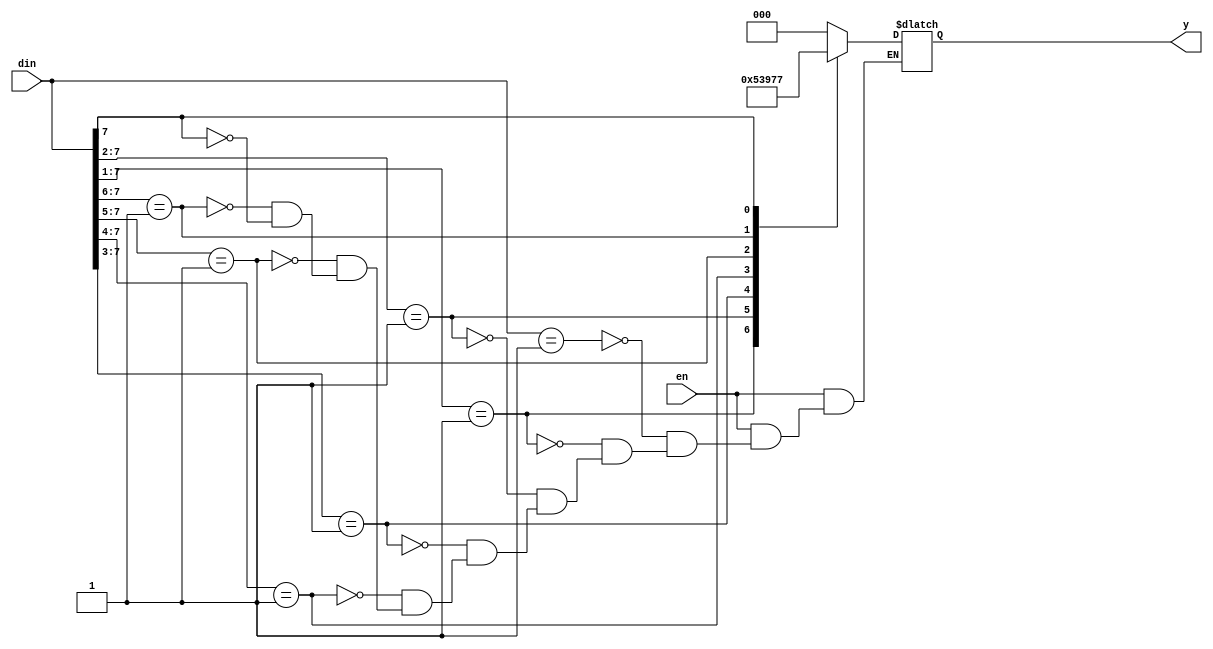
`timescale 1ns / 1ps
//////////////////////////////////////////////////////////////////////////////////
// Company: 
// Engineer: 
// 
// Design Name: 
// Module Name:    priorityen 
// Project Name: 
// Target Devices: 
// Tool versions: 
// Description: 
//
// Dependencies: 
//
// Revision: 
// Revision 0.01 - File Created
// Additional Comments: 
//
//////////////////////////////////////////////////////////////////////////////////
module priorityen(din,y,en);
input[7:0]din;
input en;
output[2:0]y;
reg [2:0]y;
always@(en,din)
begin
if(en==0)
y=3'bzzz;
else
casex(din)
8'b00000001:y=3'b000;
8'b0000001x:y=3'b001;
8'b000001xx:y=3'b010;
8'b00001xxx:y=3'b011;
8'b0001xxxx:y=3'b100;
8'b001xxxxx:y=3'b101;
8'b01xxxxxx:y=3'b110;
8'b1xxxxxxx:y=3'b111;
endcase
end
endmodule